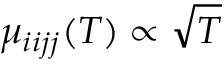
\mu _ { i i j j } ( T ) \propto \sqrt { T }